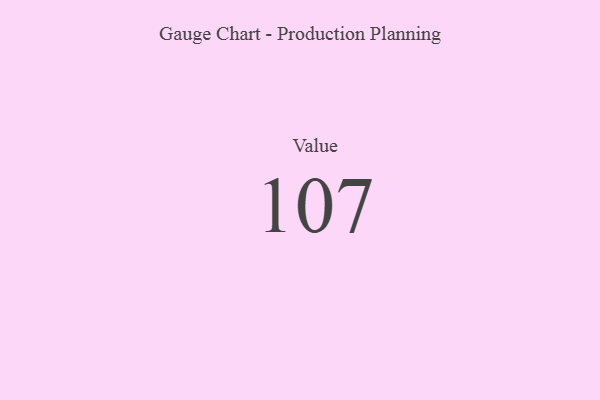
{"axis": {"x": "Metric", "y": "Value"}, "legend": [""], "data": [{"x": "Value", "y": 107, "type": ""}]}